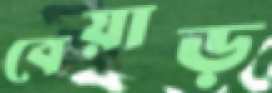
বেয়াড়